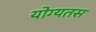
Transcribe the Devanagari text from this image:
योग्यतस